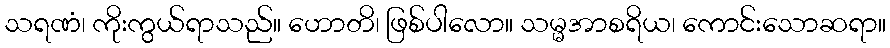
သရဏံ၊ ကိုးကွယ်ရာသည်။ ဟောတိ၊ ဖြစ်ပါလော။ သမ္မအာစရိယ၊ ကောင်းသောဆရာ။